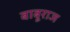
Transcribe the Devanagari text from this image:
बाबूराज